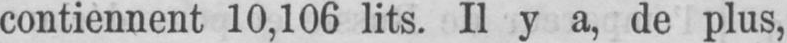
contiennent 10,106 lits. Il y a, de plus,